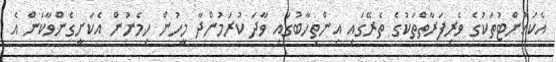
އެކައުންޓުތަކުގެ ވެރިފަރާތްތަކުގެ ތެރޭގައި އިންތިހާބުގައި ވާދަ ކުރަމުންދާ މީހުން ހިމެނުން އެކަށީގެންވާކަން އެ